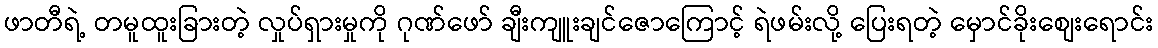
ဖာတီရဲ့ တမူထူးခြားတဲ့ လှုပ်ရှားမှုကို ဂုဏ်ဖော် ချီးကျူးချင်ဇောကြောင့် ရဲဖမ်းလို့ ပြေးရတဲ့ မှောင်ခိုးစျေးရောင်း